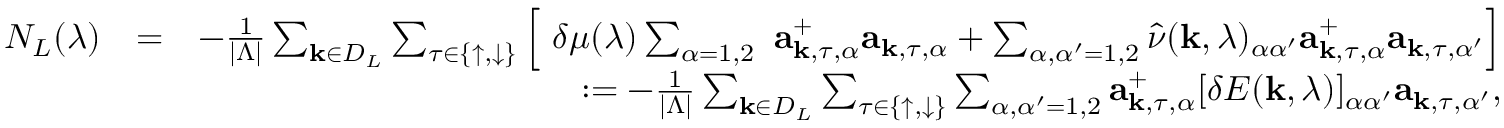
\begin{array} { r l r } { N _ { L } ( \lambda ) } & { = } & { - \frac { 1 } { | \Lambda | } \sum _ { { \bf k } \in { \cal D } _ { L } } \sum _ { \tau \in \{ \uparrow , \downarrow \} } \Big [ \ \delta \mu ( \lambda ) \sum _ { \alpha = 1 , 2 } \ { \bf a } _ { { \bf k } , \tau , \alpha } ^ { + } { \bf a } _ { { \bf k } , \tau , \alpha } + \sum _ { \alpha , \alpha ^ { \prime } = 1 , 2 } \hat { \nu } ( { \bf k } , \lambda ) _ { \alpha \alpha ^ { \prime } } { \bf a } _ { { \bf k } , \tau , \alpha } ^ { + } { \bf a } _ { { \bf k } , \tau , \alpha ^ { \prime } } \Big ] } \\ & { } & { : = - \frac { 1 } { | \Lambda | } \sum _ { { \bf k } \in { \cal D } _ { L } } \sum _ { \tau \in \{ \uparrow , \downarrow \} } \sum _ { \alpha , \alpha ^ { \prime } = 1 , 2 } { \bf a } _ { { \bf k } , \tau , \alpha } ^ { + } [ \delta E ( { \bf k } , \lambda ) ] _ { \alpha \alpha ^ { \prime } } { \bf a } _ { { \bf k } , \tau , \alpha ^ { \prime } } , } \end{array}